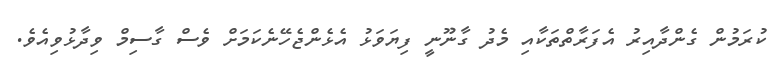
ކުރަމުން ގެންދާއިރު އެފަރާތްތަކާއި މެދު ގާނޫނީ ފިޔަވަޅު އެޅެންޖެހޭނެކަމަށް ވެސް ގާސިމް ވިދާޅުވިއެވެ.